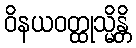
ဝိနယဝတ္ထုသ္မိန္တိ